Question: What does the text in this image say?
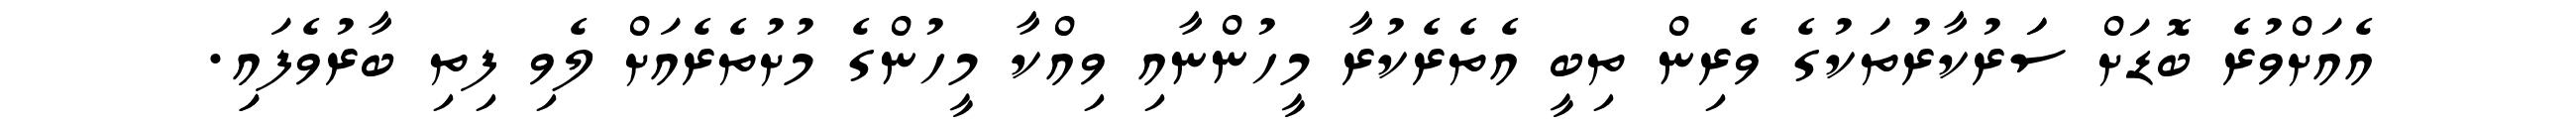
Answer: އެއަށްވުރެ ބޮޑަށް ސަަރުކާރުތަކުގެ ވެރިން ތިބީ އެތެރެކުރާ މީހުންނާއި ވިއްކާ މީހުންގެ މުށުތެރެއަށް ލެވި ފިތި ބާރުވެފައިި.